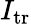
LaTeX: I_{\mathrm{tr}}